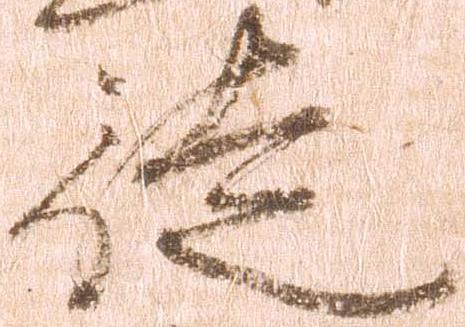
徒